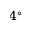
4 ^ { \circ }